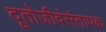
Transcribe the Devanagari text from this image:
दूतोजीवंसंतापक